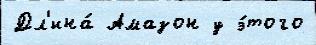
Дл'ина́ Амазон у э́того